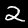
Label: 2